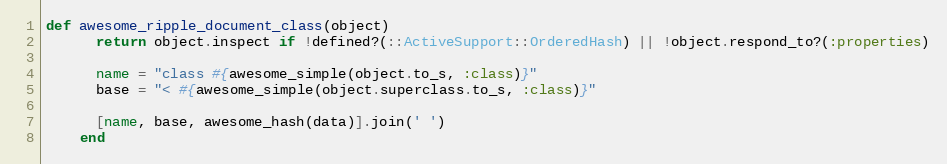
Language: Ruby
def awesome_ripple_document_class(object)
      return object.inspect if !defined?(::ActiveSupport::OrderedHash) || !object.respond_to?(:properties)

      name = "class #{awesome_simple(object.to_s, :class)}"
      base = "< #{awesome_simple(object.superclass.to_s, :class)}"

      [name, base, awesome_hash(data)].join(' ')
    end